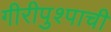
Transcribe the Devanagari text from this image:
गीरीपुश्पाची